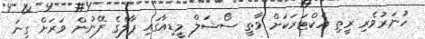
ހުނަރުވެރި ރީތި އެކްޓަރަކަށް ވާތީ ސޯޝަލް މީޑިއާގައި ޕާލްގެ ފޭނުން ވަރަށް ގިނަ